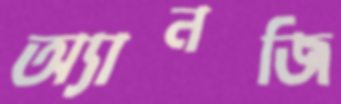
অ্যানজি